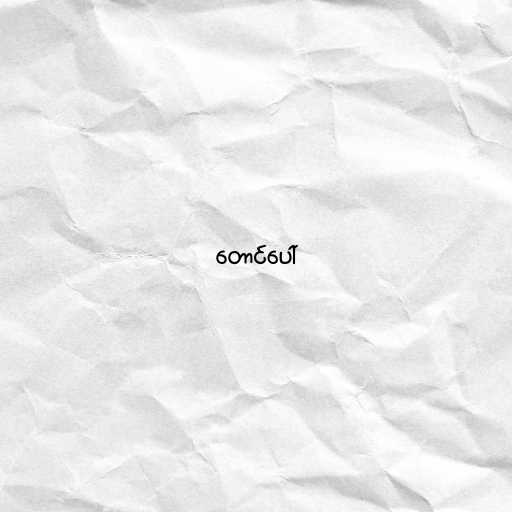
တောင်ပေါ်